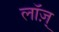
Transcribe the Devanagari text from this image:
लॉज़्